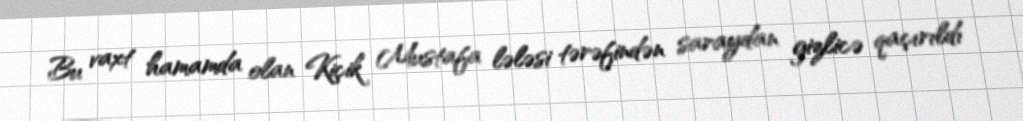
Bu vaxt hamamda olan Kiçik Mustafa lələsi tərəfindən saraydan gizlicə qaçırıldı